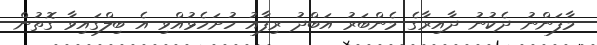
މާފަންނު ދެކުނު ދާއިރާގެ މެންބަރު އަބްދު ރިފާއު ހުށަހެޅުއްވި އެ ބިލްގައިވާ ގޮތުން